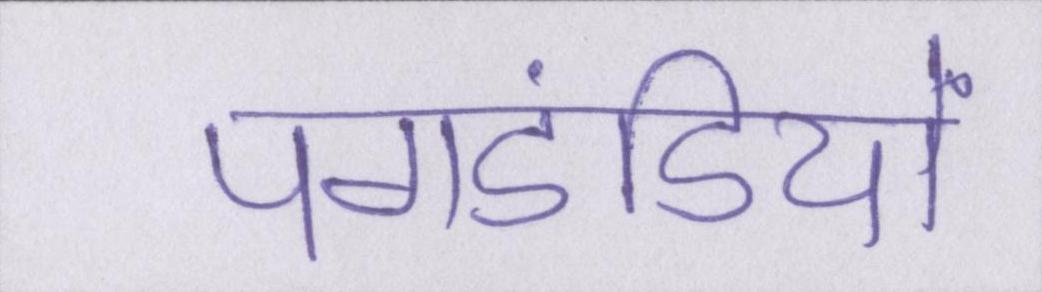
पगडंडियों